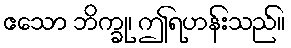
ဧသော ဘိက္ခု၊ ဤရဟန်းသည်။